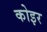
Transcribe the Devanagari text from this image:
कोइर